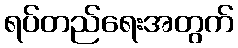
ရပ်တည်ရေးအတွက်